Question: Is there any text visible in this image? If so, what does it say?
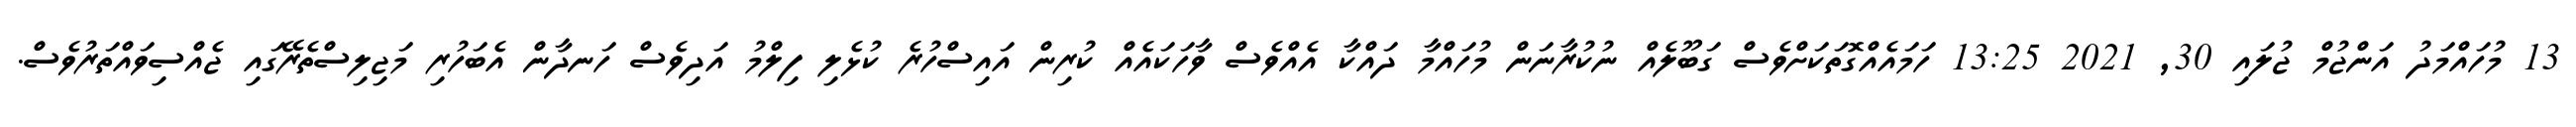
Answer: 13 މުހައްމަދު އަންޖުމް ޖުލައި 30, 2021 13:25 ހަމައެއްގޮތަކަށްވެސް ގަބޫލެއް ނުކުރާނަން މުހައްމާ ދައްކާ އެއްވެސް ވާހަކައެއް ކުރިން އައިސްހުރެ ކުޅެލި ފިލްމު އަދިވެސް ހަނދާން އެބަހުރި މަޖިލިސްތެރޭގައި ޖެއްސިވައްތަރުވެސް.